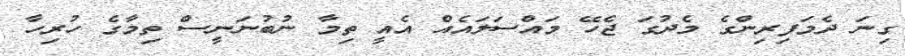
ގިނަ ދެމަފިރިންގެ މެދުގަ ޖެހޭ މައްސަލައެއް އެއީ ތިމާ ނުބުނަނީސް ތިމާގެ ހުރިހާ